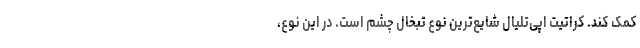
کمک کند. کراتیت اپی‌تلیال شایع‌ترین نوع تبخال چشم است. در این نوع،